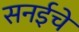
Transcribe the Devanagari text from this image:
सनईचे